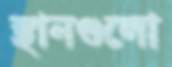
স্থানগুলো